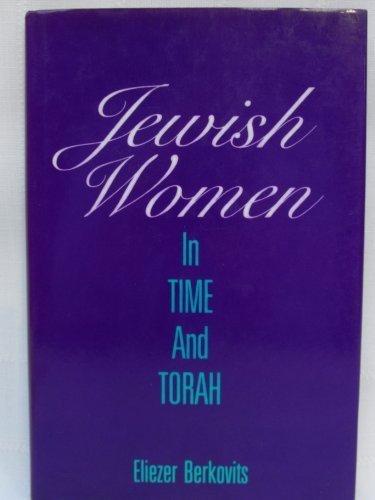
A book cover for Jewish Women in Time and Torah; Eliezer Berkovits; Religion & Spirituality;